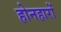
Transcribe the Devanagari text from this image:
होनहारों